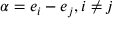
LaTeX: \alpha = e _ { i } - e _ { j } , i \neq j